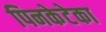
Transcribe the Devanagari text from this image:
पिनकेटेका